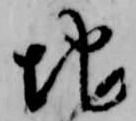
地